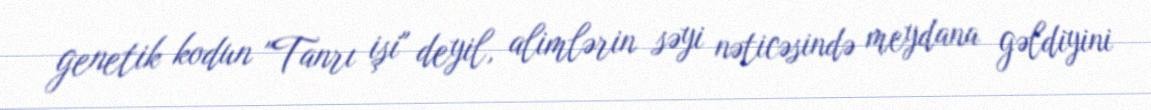
genetik kodun "Tanrı işi" deyil, alimlərin səyi nəticəsində meydana gəldiyini